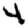
Digit: 4